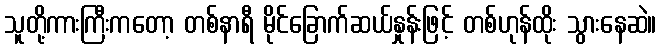
သူတို့ကားကြီးကတော့ တစ်နာရီ မိုင်ခြောက်ဆယ်နှုန်းဖြင့် တစ်ဟုန်ထိုး သွားနေဆဲ။